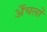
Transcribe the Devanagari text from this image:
अँचलों